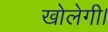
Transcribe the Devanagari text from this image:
खोलेगी।